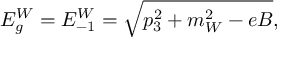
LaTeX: E _ { g } ^ { W } = E _ { - 1 } ^ { W } = \sqrt { p _ { 3 } ^ { 2 } + m _ { W } ^ { 2 } - e B } ,